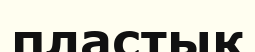
пластық